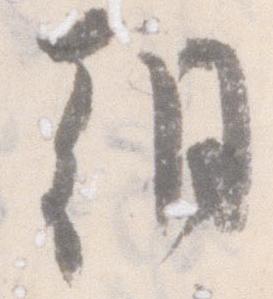
朝